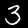
Label: 3